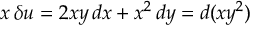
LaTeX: x \, \delta u = 2 x y \, d x + x ^ { 2 } \, d y = d ( x y ^ { 2 } )